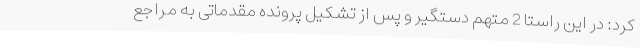
کرد: در این راستا 2 متهم دستگیر و پس از تشکیل پرونده مقدماتی به مراجع